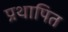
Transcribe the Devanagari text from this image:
प्रथापित